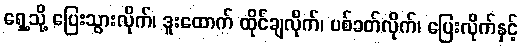
ရှေ့သို့ ပြေးသွားလိုက်၊ ဒူးထောက် ထိုင်ချလိုက်၊ ပစ်ခတ်လိုက်၊ ပြေးလိုက်နှင့်